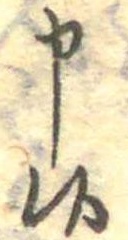
申候